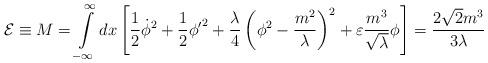
LaTeX: \begin{align*} {\cal E} \equiv M = \int\limits_{-\infty}^{\infty} dx \left[ \frac{1}{2} {\dot {\phi}}^2 + \frac{1}{2}{{\phi}'}^2 + \frac{\lambda}{4} \left(\phi ^2 - \frac{m^2}{\lambda}\right)^2 + \varepsilon \frac {m^3}{\sqrt \lambda} \phi \right]= \frac {2 {\sqrt 2} m^3 } { 3 \lambda}\end{align*}